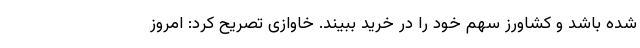
شده باشد و کشاورز سهم خود را در خرید ببیند. خاوازی تصریح کرد: امروز